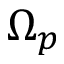
\Omega _ { p }